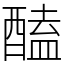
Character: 醘